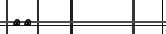
٦٩